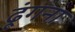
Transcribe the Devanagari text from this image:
ढूंगना